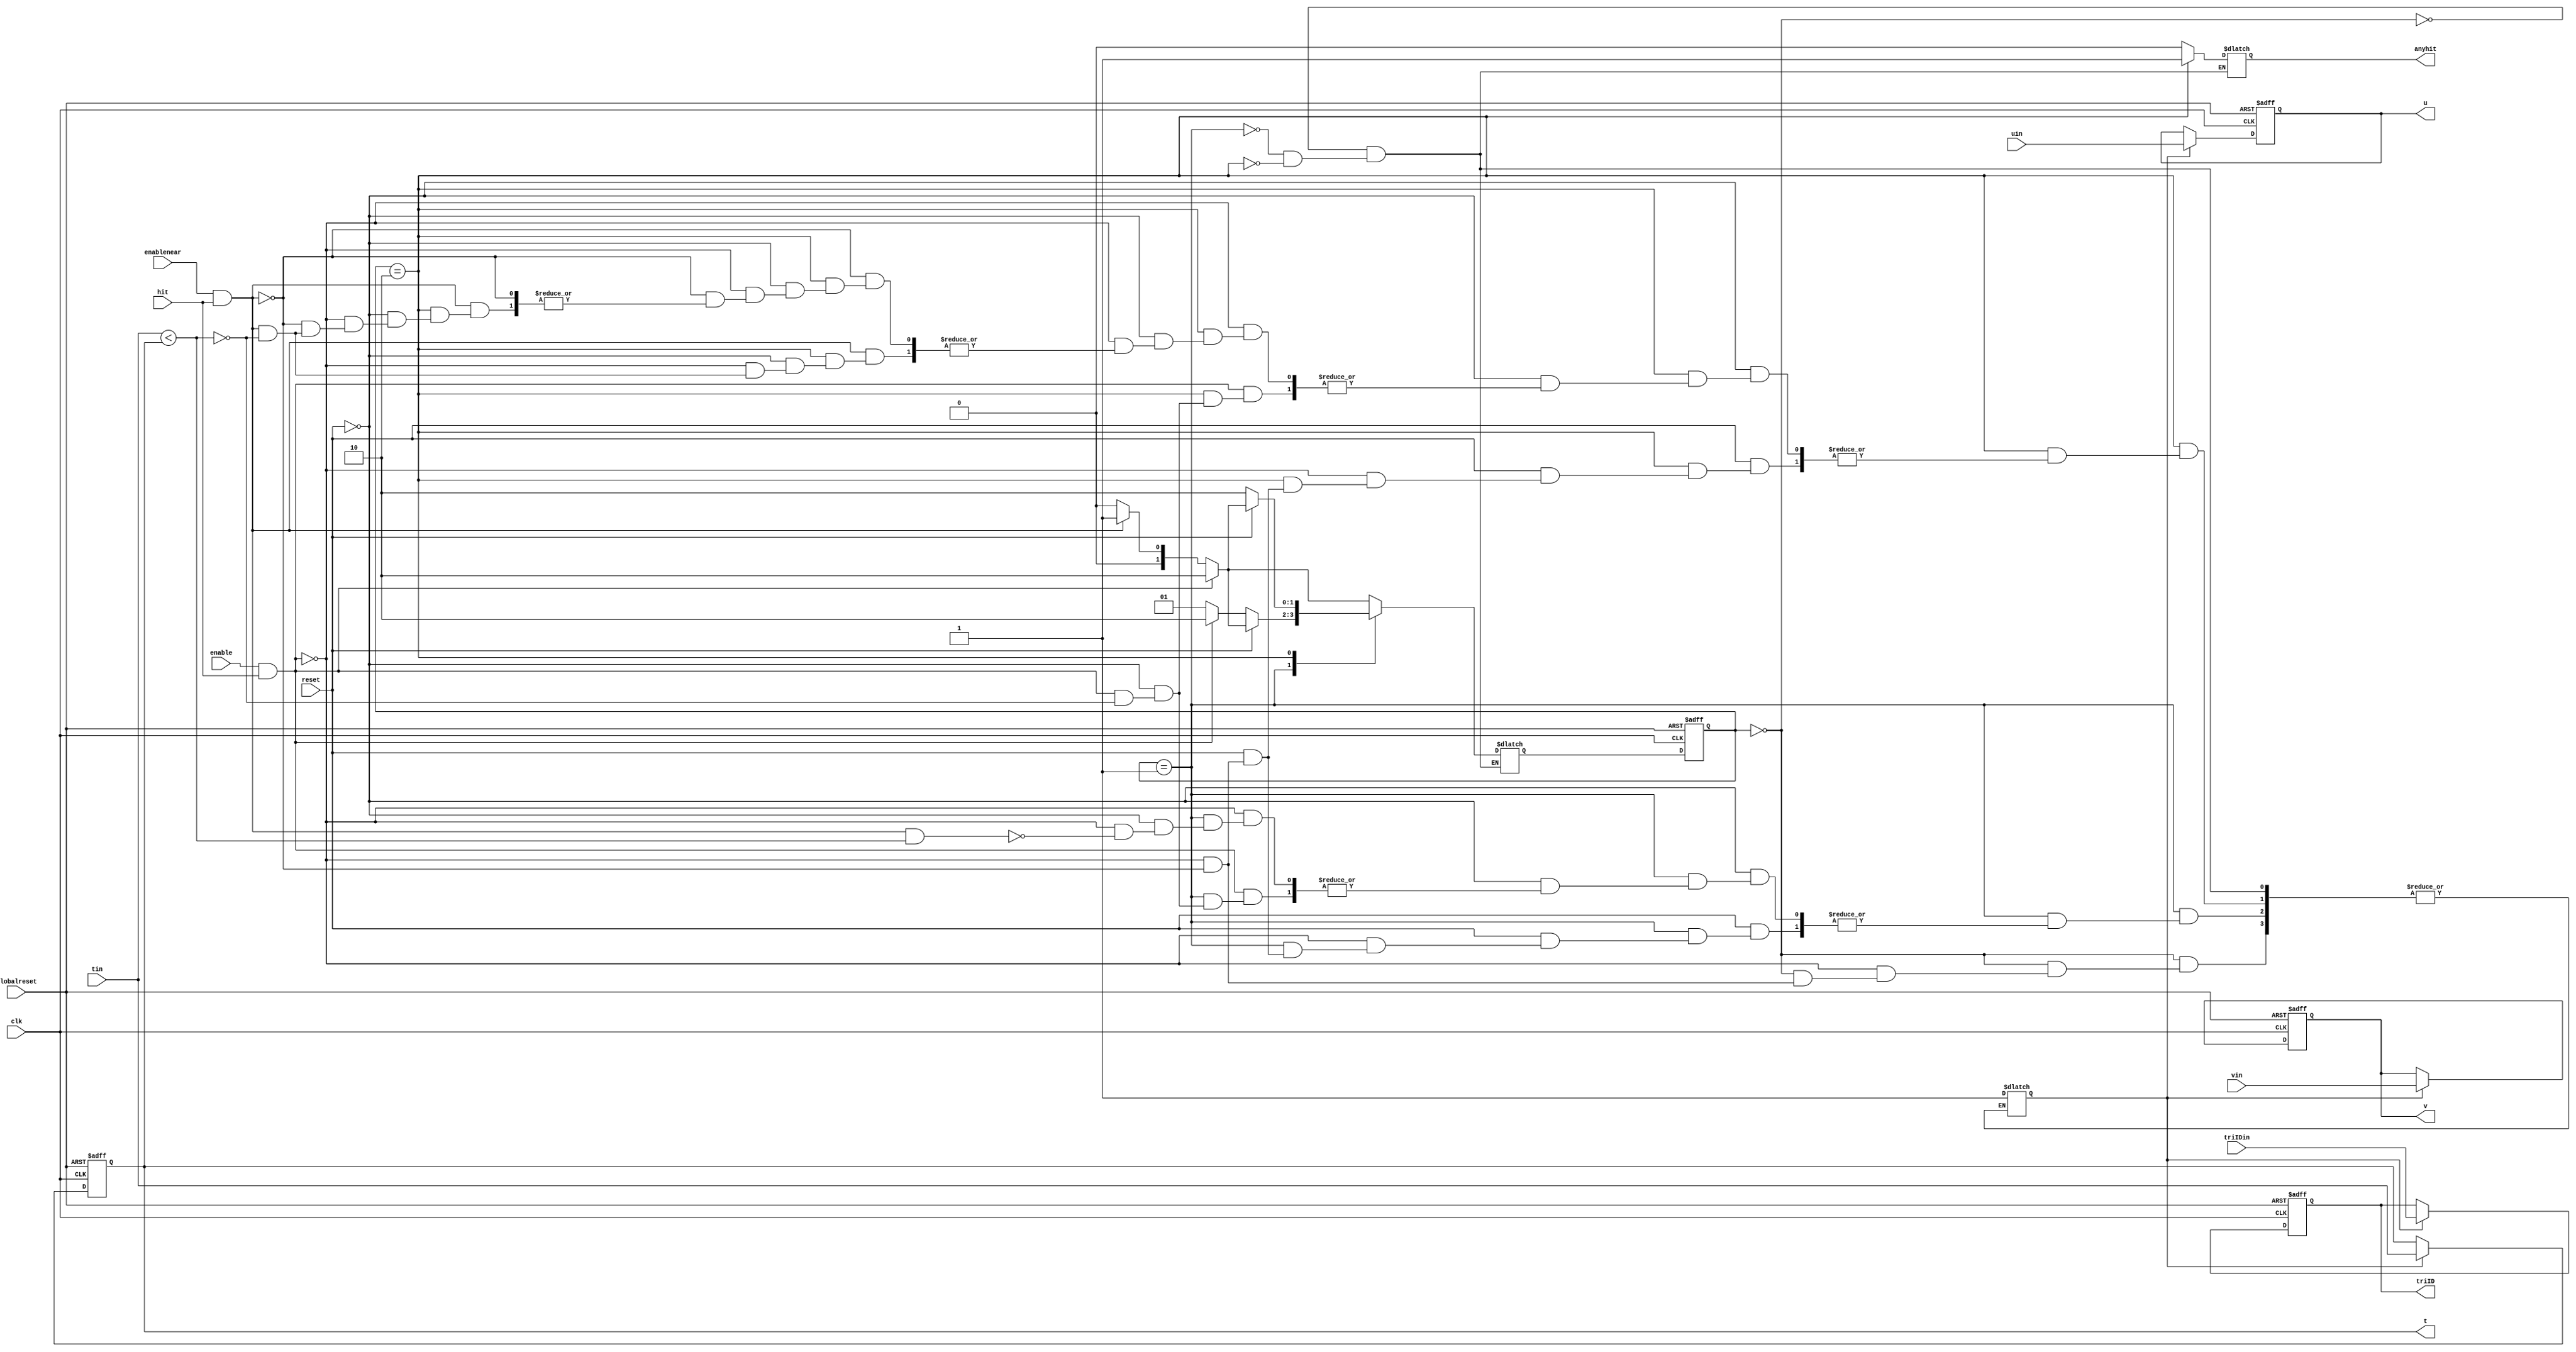
module nearcmpspec (tin, uin, vin, triIDin, hit, t, u, v, triID, anyhit, enable, enablenear, reset, globalreset, clk);
    input[31:0] tin; 
    input[15:0] uin; 
    input[15:0] vin; 
    input[15:0] triIDin; 
    input hit; 
    output[31:0] t; 
    reg[31:0] t;
    output[15:0] u; 
    reg[15:0] u;
    output[15:0] v; 
    reg[15:0] v;
    output[15:0] triID; 
    reg[15:0] triID;
    output anyhit; 
    wire anyhit;
    reg temp_anyhit;
    input enable; 
    input enablenear; 
    input reset; 
    input globalreset; 
    input clk; 
    reg[1:0] state; 
    reg[1:0] next_state; 
    reg latchnear; 
	assign anyhit = temp_anyhit;
    always @(posedge clk or posedge globalreset)
    begin
       if (globalreset == 1'b1)
       begin
          state <= 0 ; 
          t <= 0;
          u <= 0;
          v <= 0;
          triID <= 0;
       end
       else
       begin
          state <= next_state ; 
          if (latchnear == 1'b1)
          begin
             t <= tin ; 
             u <= uin ; 
             v <= vin ; 
             triID <= triIDin ; 
          end 
       end 
    end 
    always @(state or tin or t or enable or hit or reset)
    begin
       case (state)
          0 :
                   begin
                      if ((enable == 1'b1) & (hit == 1'b1))
                      begin
                         next_state = 2 ; 
                         latchnear = 1'b1 ; 
                      end
                      else if ((enablenear == 1'b1) & (hit == 1'b1))
                       begin
                         latchnear = 1'b1 ; 
                         next_state = 1 ; 
                      end
                      else
                      begin
                         next_state = 0 ; 
                      end 
				    temp_anyhit = 1'b0;
                   end
          1 :
                   begin
                      if (reset == 1'b1)
                      begin
                         if ((enable == 1'b1) & (hit == 1'b1))
                         begin
                            latchnear = 1'b1 ; 
                            next_state = 2 ; 
                         end
                         else if ((enablenear == 1'b1) & (hit == 1'b1))
                         begin
                            latchnear = 1'b1 ; 
                            next_state = 1 ; 
                         end
                         else
                         begin
                            next_state = 0 ; 
                         end 
                      end
                      else if ((enable == 1'b1) & (hit == 1'b1))
                      begin
                         if (tin < t)
                         begin
                            latchnear = 1'b1 ; 
                         end 
                         next_state = 2 ; 
                      end
                      else if ((enablenear == 1'b1) & (hit == 1'b1) & (tin < t))
                      begin
                         latchnear = 1'b1 ; 
                         next_state = 1 ; 
                      end
                      else
                      begin
                         next_state = 1 ; 
                      end 
				    temp_anyhit = 1'b0;
                   end
          2 :
                   begin
                      if (reset == 1'b1)
                      begin
                         if ((enable == 1'b1) & (hit == 1'b1))
                         begin
                            latchnear = 1'b1 ; 
                            next_state = 2 ; 
                         end
                         else if ((enablenear == 1'b1) & (hit == 1'b1))
                         begin
                            latchnear = 1'b1 ; 
                            next_state = 1 ; 
                         end
                         else
                         begin
                            next_state = 0 ; 
                         end 
                      end
                      else
                      begin
                         if ((enable == 1'b1) & (hit == 1'b1))
                         begin
                            if (tin < t)
                            begin
                               latchnear = 1'b1 ; 
                            end 
                         end
                         else if ((enablenear == 1'b1) & (hit == 1'b1))
                         begin
                            if (tin < t)
                            begin
                               latchnear = 1'b1 ; 
                            end 
						end
                         else if ((enablenear == 1'b1) & (hit == 1'b1))
                         begin
                            if (tin < t)
                            begin
                               latchnear = 1'b1 ; 
                            end 
                         end 
                         next_state = 2 ; 
                      end 
				    temp_anyhit = 1'b1;
                   end
       endcase 
    end 
 endmodule